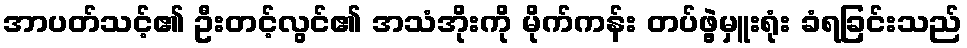
အာပတ်သင့်၏ ဦးတင့်လွင်၏ အသံအိုးကို မိုက်ကန်း တပ်ဖွဲ့မှူးရုံး ခံရခြင်းသည်